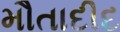
મૌતાદીદ